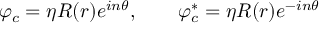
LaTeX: \varphi _ { c } = \eta R ( r ) e ^ { i n \theta } , \qquad \varphi _ { c } ^ { \ast } = \eta R ( r ) e ^ { - i n \theta }